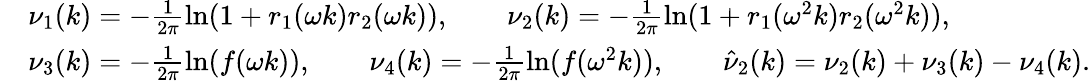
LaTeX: \begin{array}{rl}&{\nu_{1}(k)=-\frac{1}{2\pi}\ln(1+r_{1}(\omega k)r_{2}(\omega k)),\qquad\nu_{2}(k)=-\frac{1}{2\pi}\ln(1+r_{1}(\omega^{2}k)r_{2}(\omega^{2}k)),}\\ &{\nu_{3}(k)=-\frac{1}{2\pi}\ln(f(\omega k)),\qquad\nu_{4}(k)=-\frac{1}{2\pi}\ln(f(\omega^{2}k)),\qquad\hat{\nu}_{2}(k)=\nu_{2}(k)+\nu_{3}(k)-\nu_{4}(k).}\end{array}